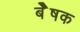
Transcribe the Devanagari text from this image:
बेेेेेषक